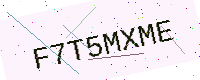
Text: F7T5MXME